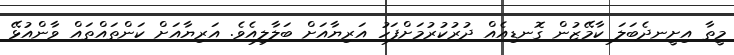
މީތާ އިށީނދެބަލަ ކާމޭޒުން ގޮނޑިއެއް ދުރުކުރުމަށްފަހު އަރިޔާއަށް ބަލާލިއެވެ. އަރިޔާއަށް ކަންތައްތައް ވާންއުޅޭ